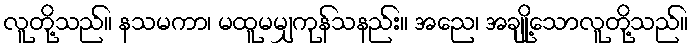
လူတို့သည်။ နသမကာ၊ မထူမမျှကုန်သနည်း။ အညေ၊ အချို့သောလူတို့သည်။